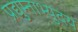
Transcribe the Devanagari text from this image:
प्रद्युम्नाभ्युदय